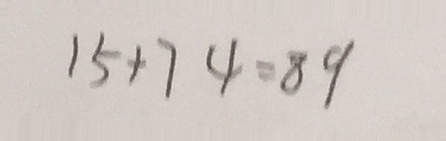
1 5 + 7 4 = 8 9